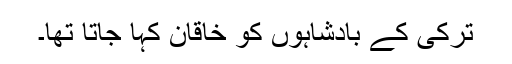
ترکی کے بادشاہوں کو خاقان کہا جاتا تھا۔